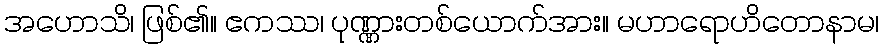
အဟောသိ၊ ဖြစ်၏။ ဧကဿ၊ ပုဏ္ဏားတစ်ယောက်အား။ မဟာရောဟိတောနာမ၊